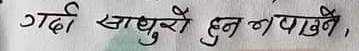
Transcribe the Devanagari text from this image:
गर्दा साह्रो हुन नपाउने,